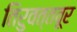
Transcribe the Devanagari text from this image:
तिरुवत्तवूर